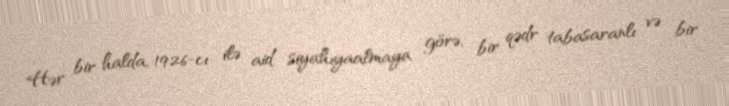
Hər bir halda, 1926-cı ilə aid siyahıyaalmaya görə, bir qədr tabasaranlı və bir